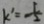
k ^ { \prime } = - \frac { 1 } { 2 }